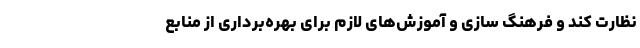
نظارت کند و فرهنگ سازی و آموزش‌های لازم برای بهره‌برداری از منابع